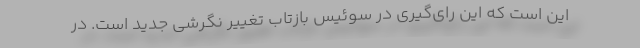
این است که این رای‌گیری در سوئیس بازتاب تغییر نگرشی جدید است. در